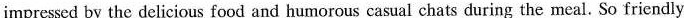
impressed by the delicious food and humorous casual chats during the meal. So friendly